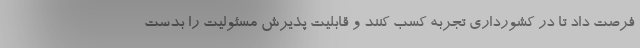
فرصت داد تا در کشورداری تجربه کسب کنند و قابلیت پذیرش مسئولیت را بدست